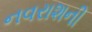
નવરાશની